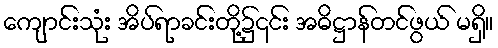
ကျောင်းသုံး အိပ်ရာခင်းတို့၌၎င်း အဓိဋ္ဌာန်တင်ဖွယ် မရှိ။